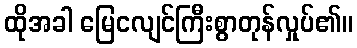
ထိုအခါ မြေငလျင်ကြီးစွာတုန်လှုပ်၏။